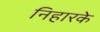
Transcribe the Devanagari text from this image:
निहारके